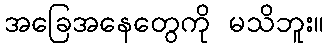
အခြေအနေတွေကို မသိဘူး။